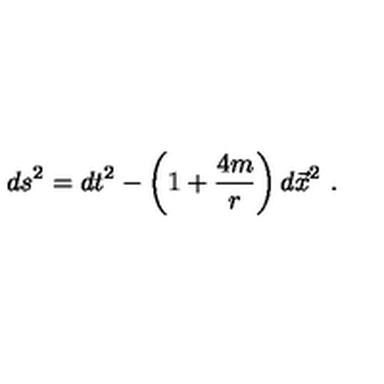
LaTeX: d s ^ { 2 } = d t ^ { 2 } - \left( 1 + { \frac { 4 m } { r } } \right) d \vec { x } ^ { 2 } \ .